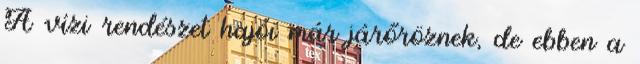
A vízi rendészet hajói már járőröznek, de ebben a